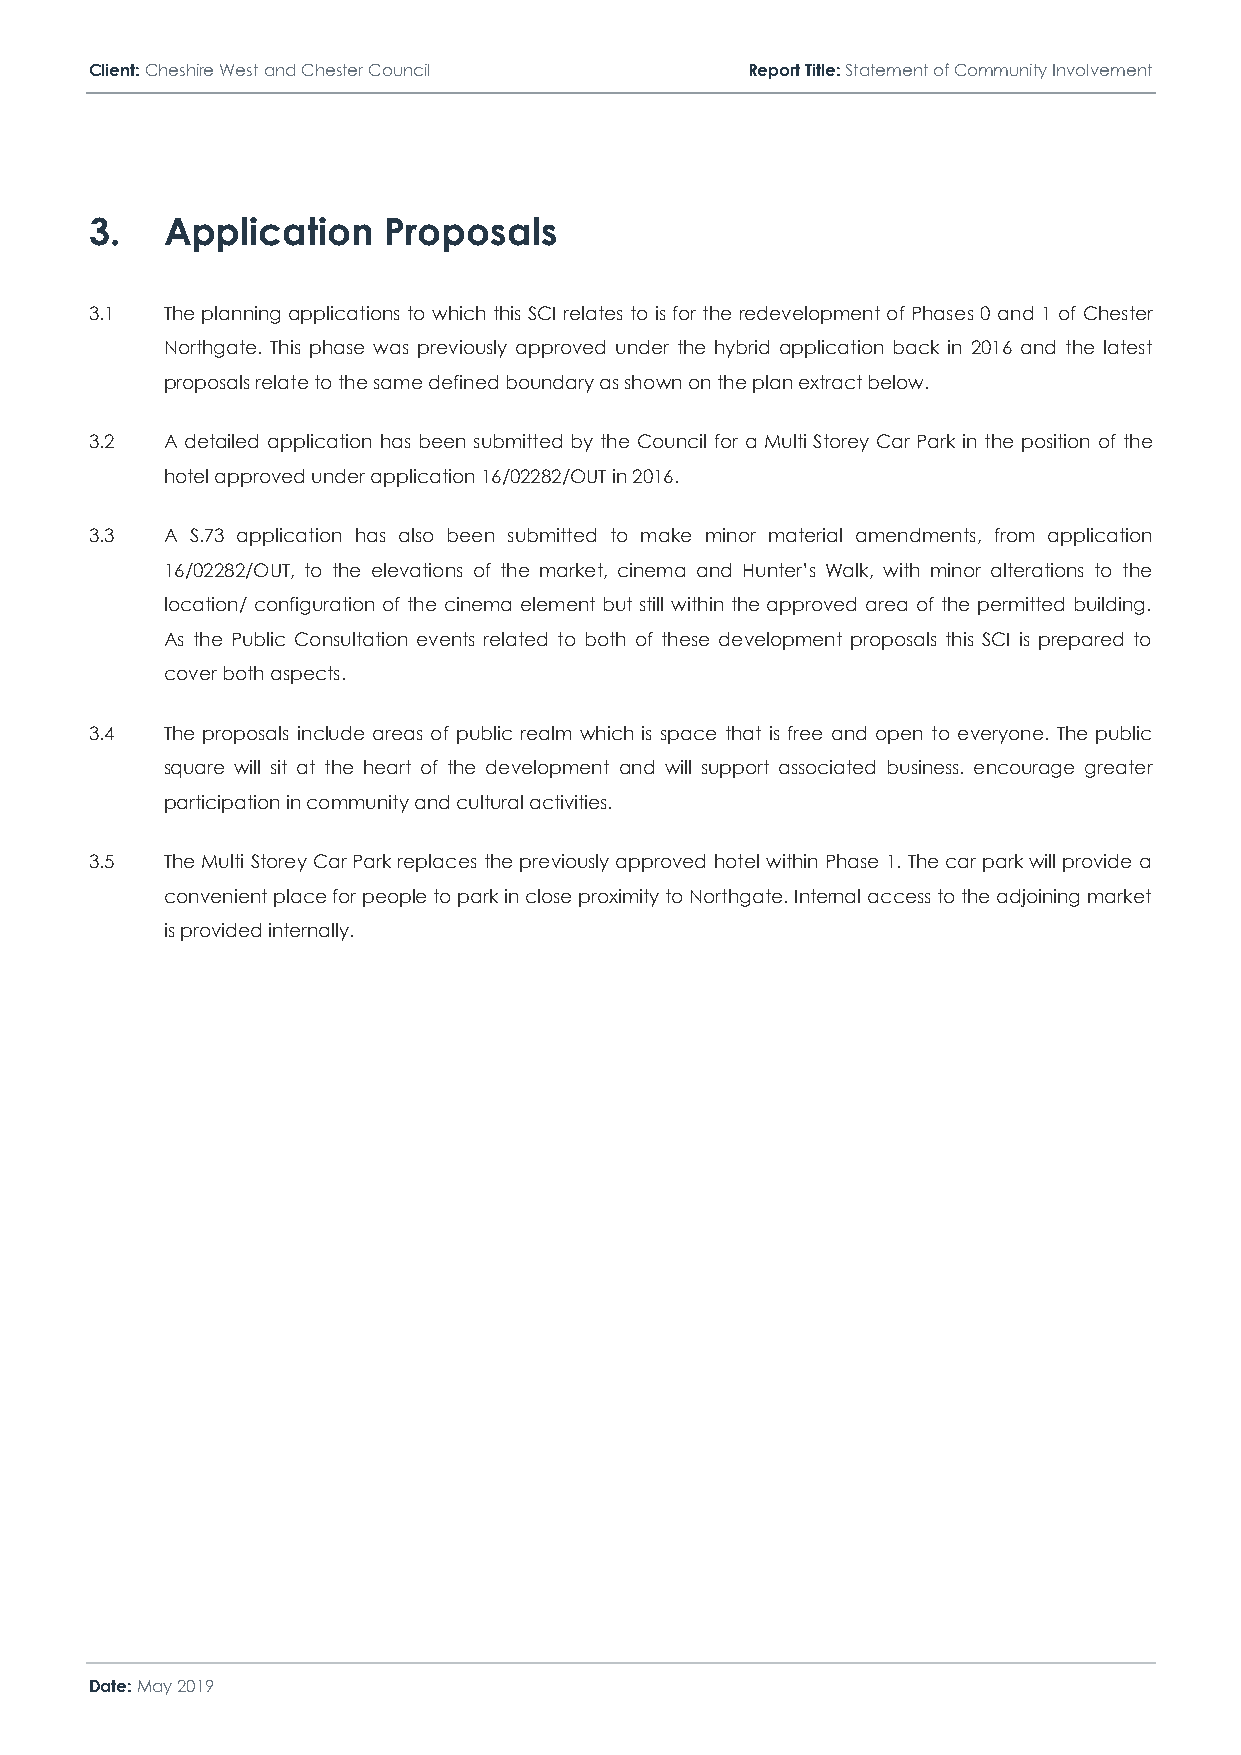
Client: Cheshire West and Chester Council  Report Title: Statement of Community Involvement
 3.   Application   Proposals
 3.1  The planning applications to which this SCI relates to is for the redevelopment of Phases 0 and 1 of Chester
 Northgate. This phase was previously approved under the hybrid application back in 2016 and the latest
 proposals relate to the same defined boundary as shown on the plan extract below.
 3.2  A detailed application has been submitted by the Council for a Multi Storey Car Park in the position of the
 hotel approved under application 16/02282/OUT in 2016.
 3.3  A S.73 application has also been submitted to make minor material amendments, from application
 16/02282/OUT, to the elevations of the market, cinema and Hunter’s Walk, with minor alterations to the
 location/ configuration of the cinema element but still within the approved area of the permitted building.
 As the Public Consultation events related to both of these development proposals this SCI is prepared to
 cover both aspects.
 3.4  The proposals include areas of public realm which is space that is free and open to everyone. The public
 square will sit at the heart of the development and will support associated business. encourage greater
 participation in community and cultural activities.
 3.5  The Multi Storey Car Park replaces the previously approved hotel within Phase 1. The car park will provide a
 convenient place for people to park in close proximity to Northgate. Internal access to the adjoining market
 is provided internally.
 Date: May 2019